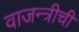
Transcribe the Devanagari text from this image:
वाजन्त्रीची